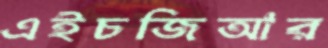
এইচজিআর